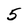
Character: 5